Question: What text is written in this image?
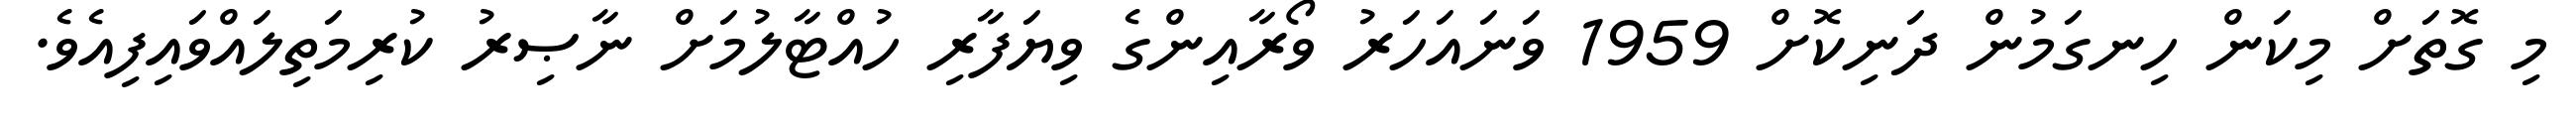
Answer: މި ގޮތަށް މިކަން ހިނގަމުން ދަނިކޮށް 1959 ވަނައަހަރު ވޯރާއިންގެ ވިޔަފާރި ހުއްޓާލުމަށް ނާޞިރު ކުރިމަތިލައްވައިފިއެވެ.